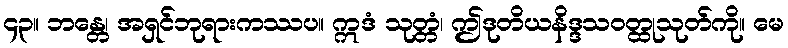
၄၃။ ဘန္တေ၊ အရှင်ဘုရားကဿပ။ ဣဒံ သုတ္တံ၊ ဤဒုတိယနိဒ္ဒသဝတ္ထုသုတ်ကို။ မေ